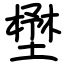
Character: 壄